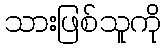
သားဖြစ်သူကို